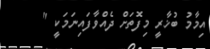
އިމާމު ބުޚާރީ މިފޮތަށް ދެއްވާފައިނަމަކީ "